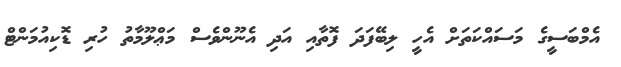
އެމްބަސީގެ މަސައްކަތަށް އެހީ ލިބޭފަދަ ފޮތާއި އަދި އެނޫންވެސް މަޢްލޫމާތު ހުރި ޑޮކިއުމަންޓް